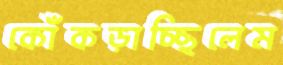
কোঁকড়াচ্ছিলেম